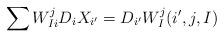
LaTeX: \begin{align*} \sum W^j_{Ii}D_iX_{i'}=D_{i'}W^j_I(i',j,I)\end{align*}